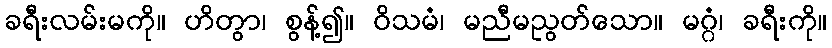
ခရီးလမ်းမကို။ ဟိတွာ၊ စွန့်၍။ ဝိသမံ၊ မညီမညွတ်သော။ မဂ္ဂံ၊ ခရီးကို။